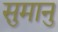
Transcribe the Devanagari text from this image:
सुमानु